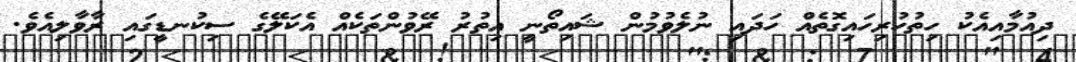
ދިއުމާއިއެކު ހިތުހުރިހައިގޮތެއް ހަދައި ނުލެވުމުން ޝައިތޯނީ އިތުރު ރޭވުންތަކެއް އެކަލޭގެ ސިކުނޑީގައި ރާވާލިއެވެ.